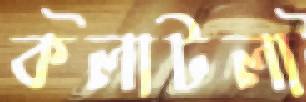
কলাটলা